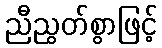
ညီညွတ်စွာဖြင့်